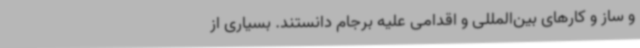
و ساز و کارهای بین‌المللی و اقدامی علیه برجام دانستند. بسیاری از